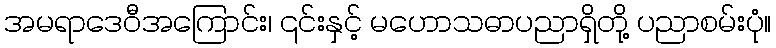
အမရာဒေဝီအကြောင်း၊ ၎င်းနှင့် မဟောသဓာပညာရှိတို့ ပညာစမ်းပုံ။